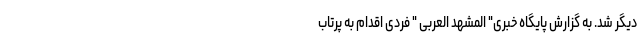
دیگر شد. به گزارش پایگاه خبری" المشهد العربی " فردی اقدام به پرتاب